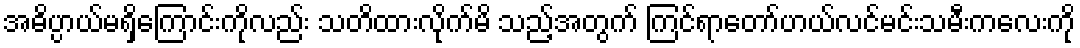
အဓိပ္ပာယ်မရှိကြောင်းကိုလည်း သတိထားလိုက်မိ သည့်အတွက် ကြင်ရာတော်ဟယ်လင်မင်းသမီးကလေးကို